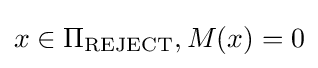
x\in \Pi _{\text{REJECT}},M(x)=0